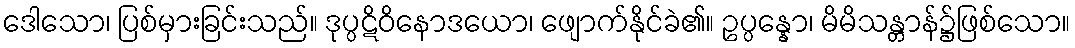
ဒေါသော၊ ပြစ်မှားခြင်းသည်။ ဒုပ္ပဋိဝိနောဒယော၊ ဖျောက်နိုင်ခဲ၏။ ဥပ္ပန္နော၊ မိမိသန္တာန်၌ဖြစ်သော။